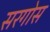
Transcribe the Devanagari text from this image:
सरगोस